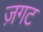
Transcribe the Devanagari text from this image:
ज़गट